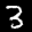
Label: 3